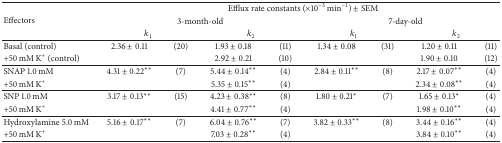
<table><thead><tr><td rowspan="3"><b>Effectors</b></td><td colspan="8"><b>Efflux rate constants (×10<sup>−3</sup> min<sup>−1</sup>) ± SEM</b></td></tr><tr><td colspan="4"><b>3-month-old</b></td><td colspan="4"><b>7-day-old</b></td></tr><tr><td colspan="2"><b><i>k</i><sub>1</sub></b></td><td colspan="2"><b><i>k</i><sub>2</sub></b></td><td colspan="2"><b><i>k</i><sub>1</sub></b></td><td colspan="2"><b><i>k</i><sub>2</sub></b></td></tr></thead><tbody><tr><td>Basal (control)</td><td>2.36 ± 0.11</td><td>(20)</td><td>1.93 ± 0.18</td><td>(11)</td><td>1.34 ± 0.08</td><td>(31)</td><td>1.20 ± 0.11</td><td>(11)</td></tr><tr><td>+50 mM K<sup>+</sup> (control)</td><td> </td><td> </td><td>2.92 ± 0.21</td><td>(10)</td><td> </td><td> </td><td>1.90 ± 0.10</td><td>(12)</td></tr><tr><td>SNAP 1.0 mM</td><td>4.31 ± 0.22<sup><i>∗∗</i></sup></td><td>(7)</td><td>5.44 ± 0.14<sup><i>∗∗</i></sup></td><td>(4)</td><td>2.84 ± 0.11<sup><i>∗∗</i></sup></td><td>(8)</td><td>2.17 ± 0.07<sup><i>∗∗</i></sup></td><td>(4)</td></tr><tr><td>+50 mM K<sup>+</sup></td><td> </td><td> </td><td>5.35 ± 0.15<sup><i>∗∗</i></sup></td><td>(4)</td><td> </td><td> </td><td>2.34 ± 0.08<sup><i>∗∗</i></sup></td><td>(4)</td></tr><tr><td>SNP 1.0 mM</td><td>3.17 ± 0.13<sup><i>∗∗</i></sup></td><td>(15)</td><td>4.23 ± 0.38<sup><i>∗∗</i></sup></td><td>(8)</td><td>1.80 ± 0.21<sup><i>∗</i></sup></td><td>(7)</td><td>1.65 ± 0.13<sup><i>∗</i></sup></td><td>(4)</td></tr><tr><td>+50 mM K<sup>+</sup></td><td> </td><td> </td><td>4.41 ± 0.77<sup><i>∗∗</i></sup></td><td>(4)</td><td> </td><td> </td><td>1.98 ± 0.10<sup><i>∗∗</i></sup></td><td>(4)</td></tr><tr><td>Hydroxylamine 5.0 mM</td><td>5.16 ± 0.17<sup><i>∗∗</i></sup></td><td>(7)</td><td>6.04 ± 0.76<sup><i>∗∗</i></sup></td><td>(7)</td><td>3.82 ± 0.33<sup><i>∗∗</i></sup></td><td>(8)</td><td>3.44 ± 0.16<sup><i>∗∗</i></sup></td><td>(4)</td></tr><tr><td>+50 mM K<sup>+</sup></td><td> </td><td> </td><td>7.03 ± 0.28<sup><i>∗∗</i></sup></td><td>(4)</td><td> </td><td> </td><td>3.84 ± 0.10<sup><i>∗∗</i></sup></td><td>(4)</td></tr></tbody></table>